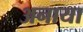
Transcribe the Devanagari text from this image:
अनाया